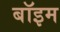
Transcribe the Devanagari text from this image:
बॉइम